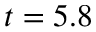
t = 5 . 8